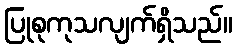
ပြုစုကုသလျက်ရှိသည်။